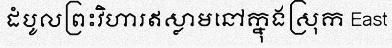
ដំបូលព្រះវិហារឥស្លាមនៅក្នុងស្រុក East